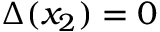
\Delta ( x _ { 2 } ) = 0